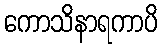
ကောသိနာရကာပိ